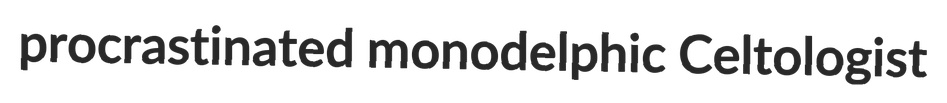
procrastinated monodelphic Celtologist